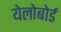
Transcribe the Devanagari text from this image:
येलोबोर्ड